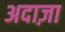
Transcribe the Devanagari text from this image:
अदाज़ा